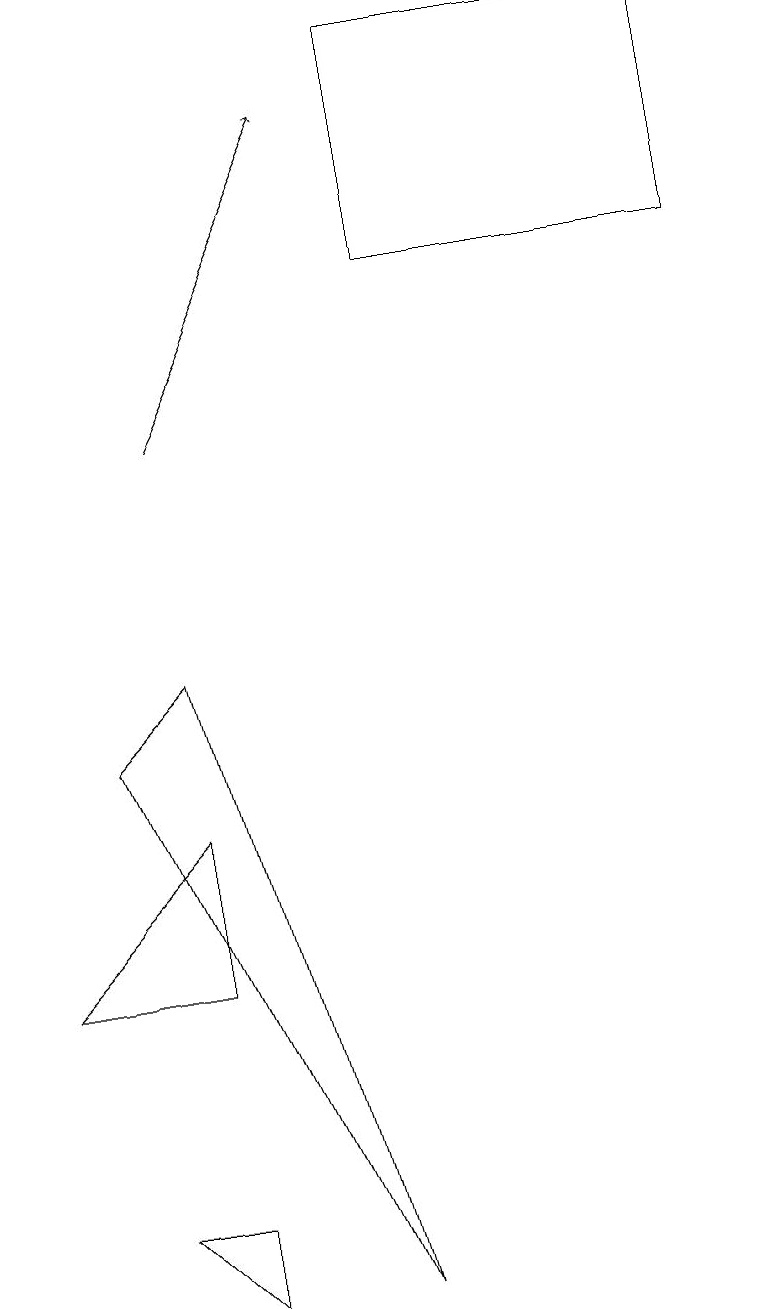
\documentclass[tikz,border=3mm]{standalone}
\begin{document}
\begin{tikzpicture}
\draw (2,5) -- (0,5) -- (2,7) -- cycle;
\draw (4,1) -- (2,9) -- (1,8) -- cycle;
\draw (5,17) rectangle (9,14);
\draw[->] (2,12) -- (4,16);
\draw (2,2) -- (2,1) -- (1,2) -- cycle;
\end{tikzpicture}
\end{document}